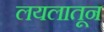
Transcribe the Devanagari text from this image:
लयलातून